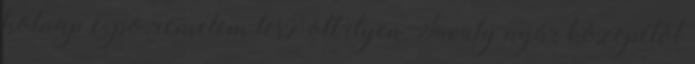
holnap expo, remélem lesz ott ilyen Tavaly nyár közepétõl